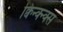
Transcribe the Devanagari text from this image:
क्विन्क्न्क्स